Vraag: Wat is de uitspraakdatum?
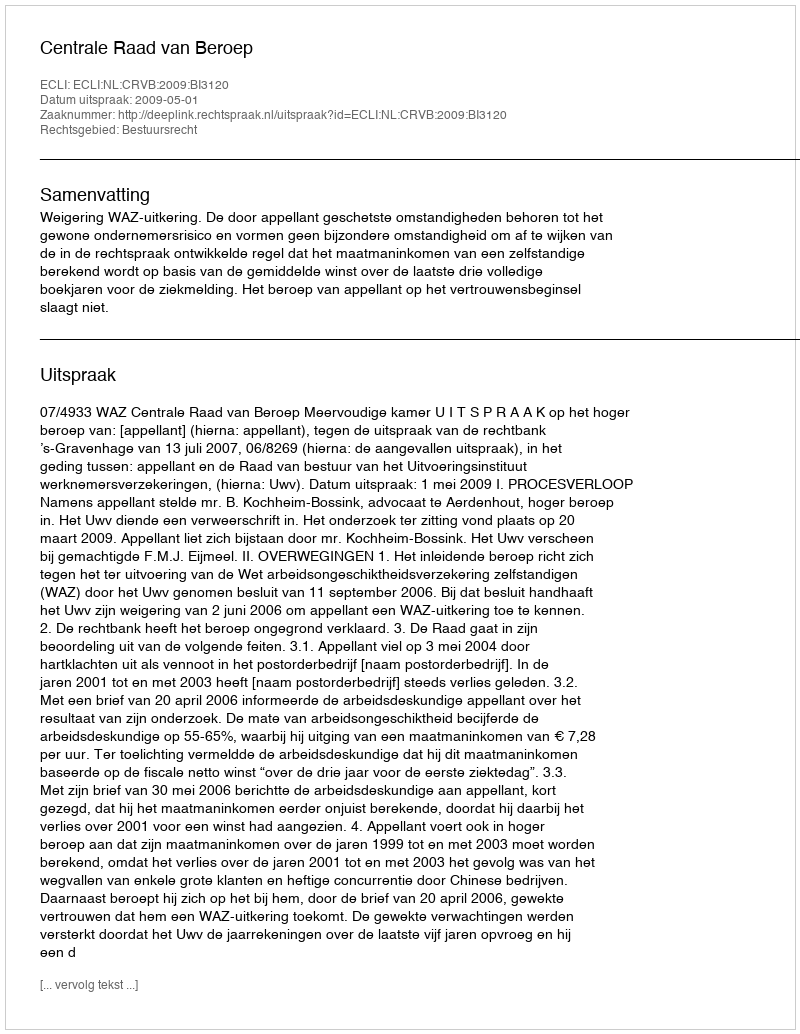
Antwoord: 2009-05-01